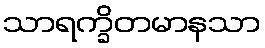
သာရက္ခိတမာနသာ